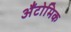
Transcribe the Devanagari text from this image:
अँटोमिक